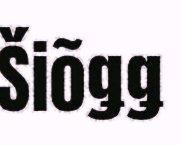
Šiõǥǥ